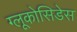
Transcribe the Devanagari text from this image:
ग्लूकोसिडेस